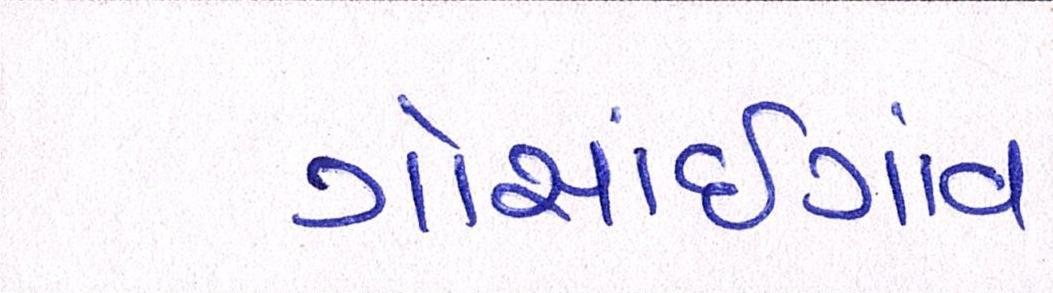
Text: ગોસાંઇગાંવ